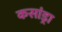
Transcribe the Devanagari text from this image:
कसांड्रा